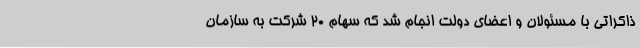
ذاکراتی با مسئولان و اعضای دولت انجام شد که سهام 20 شرکت به سازمان